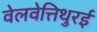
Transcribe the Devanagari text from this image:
वेलवेत्तिथुरई